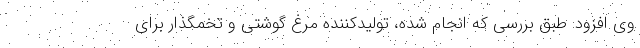
وی افزود: طبق بررسی که انجام شده، تولیدکننده مرغ گوشتی و تخمگذار برای